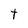
Character: t